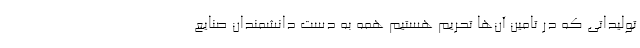
تولیداتی که در تامین آن‌ها تحریم هستیم همه به دست دانشمندان صنایع